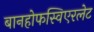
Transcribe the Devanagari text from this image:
बानहोफस्विएरलेट